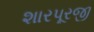
શારપૂરજી